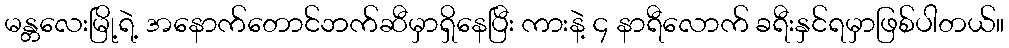
မန္တလေးမြို့ရဲ့ အနောက်တောင်ဘက်ဆီမှာရှိနေပြီး ကားနဲ့ ၄ နာရီလောက် ခရီးနှင်ရမှာဖြစ်ပါတယ်။